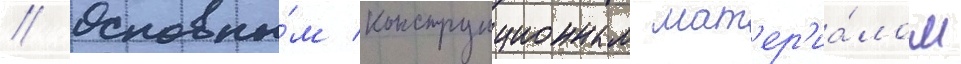
// Основны́м конструкционным мат'ер'иа́лом